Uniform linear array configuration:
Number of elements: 4
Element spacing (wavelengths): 0.5
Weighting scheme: hann
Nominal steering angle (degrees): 45
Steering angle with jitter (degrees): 46.534
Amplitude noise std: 0.05
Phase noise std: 0.05

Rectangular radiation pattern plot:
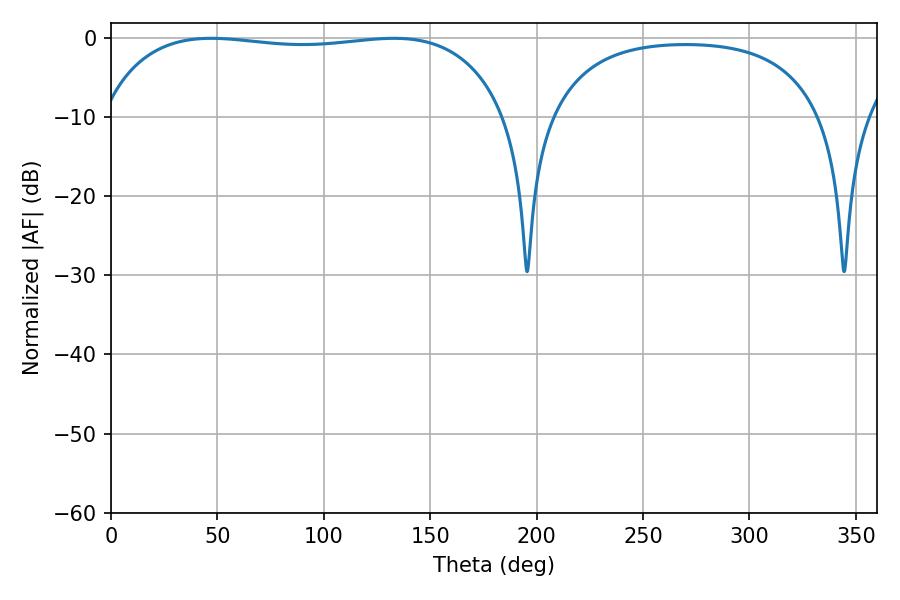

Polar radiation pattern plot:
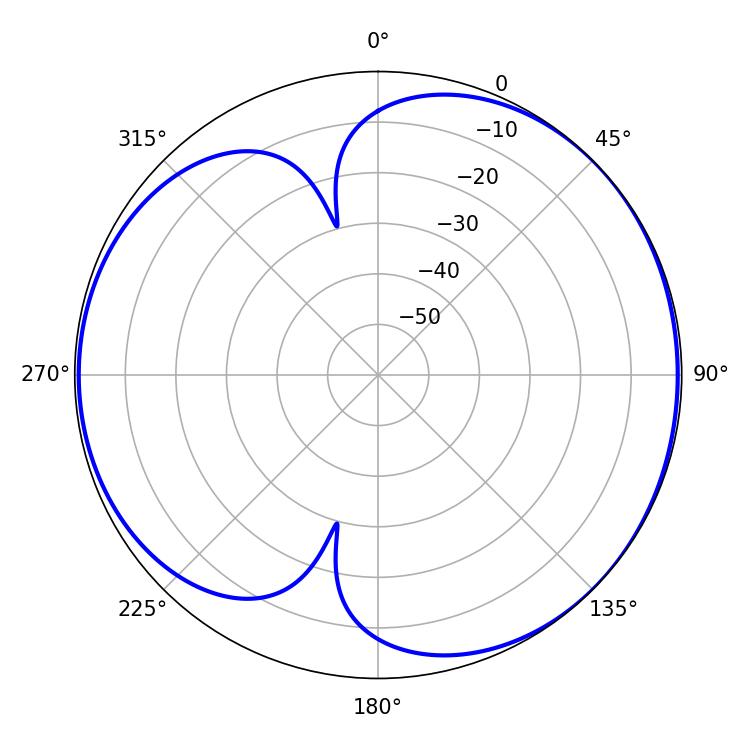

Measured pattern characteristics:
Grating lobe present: FALSE
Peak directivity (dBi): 4.779
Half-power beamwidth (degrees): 153
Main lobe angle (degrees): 47.16